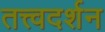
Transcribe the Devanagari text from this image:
तत्त्वदर्शन